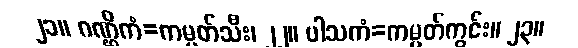
၂၁။ ဂဏ္ဌိကံ=ကမ္ပတ်သီး၊ ၂၂။ ပါသကံ=ကမ္ပတ်ကွင်း။ ၂၃။